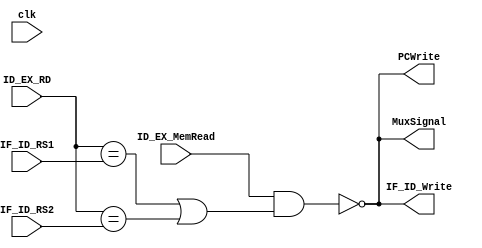
`timescale 1ns / 1ps

module hazard_unit(
    input clk,
    input wire [4:0] IF_ID_RS1, IF_ID_RS2, ID_EX_RD,
    input wire ID_EX_MemRead,
    output wire PCWrite, IF_ID_Write,
    output wire MuxSignal
    );
    
//    initial
//    begin
//        MuxSignal <= 1;
//        PCWrite <= 1;
//        IF_ID_Write <= 1;
//    end
    
    assign MuxSignal = ~(ID_EX_MemRead & ((ID_EX_RD == IF_ID_RS1) || (ID_EX_RD == IF_ID_RS2)));
    assign PCWrite = ~(ID_EX_MemRead & ((ID_EX_RD == IF_ID_RS1) || (ID_EX_RD == IF_ID_RS2)));
    assign IF_ID_Write = ~(ID_EX_MemRead & ((ID_EX_RD == IF_ID_RS1) || (ID_EX_RD == IF_ID_RS2)));

//    always @ (posedge clk)
//    begin
//        if (ID_EX_MemRead & ((ID_EX_RD == IF_ID_RS1) || (ID_EX_RD == IF_ID_RS2)))
//            begin
//                MuxSignal <= 0;
//                PCWrite <= 0;
//                IF_ID_Write <= 0;
//            end
//        else
//            begin
//                MuxSignal <= 1;
//                PCWrite <= 1;
//                IF_ID_Write <= 1;
//            end
//    end
endmodule